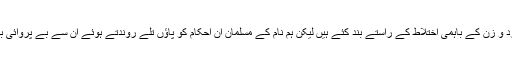
اسلام نے شرم و حیاء اور ستر و حجاب کی حدود متعین کر کے مرد و زن کے باہمی اختلاط کے راستے بند کئے ہیں لیکن ہم نام کے مسلمان ان احکام کو پاؤں تلے روندتے ہوئے ان سے بے پروائی برت رہے ہیں اور مخلوط محافل کو اب کوئی عار نہیں سمجھا جاتا۔